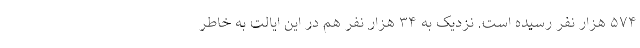
۵۷۴ هزار نفر رسیده است. نزدیک به ۳۴ هزار نفر هم در این ایالت به خاطر